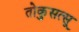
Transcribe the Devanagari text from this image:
तोकुसत्सू